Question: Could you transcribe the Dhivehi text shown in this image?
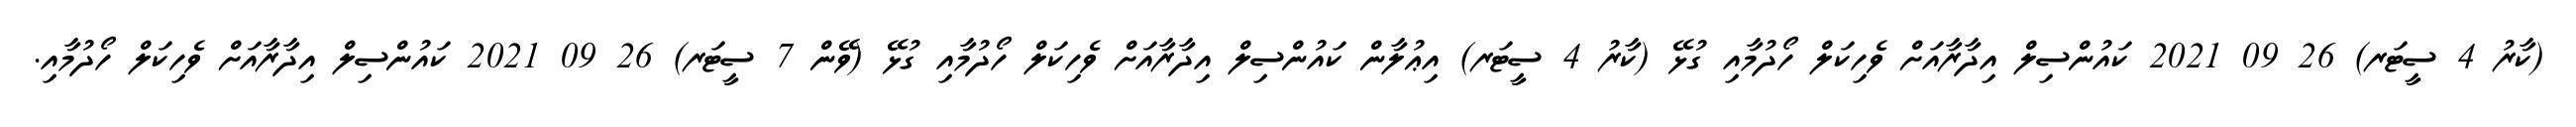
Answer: (ކާރު 4 ސީޓަރ) 26 09 2021 ކައުންސިލް އިދާރާއަށް ވެހިކަލް ހޯދުމާއި ގުޅޭ (ކާރު 4 ސީޓަރ) އިޢުލާން ކައުންސިލް އިދާރާއަށް ވެހިކަލް ހޯދުމާއި ގުޅޭ (ވޭން 7 ސީޓަރ) 26 09 2021 ކައުންސިލް އިދާރާއަށް ވެހިކަލް ހޯދުމާއި.